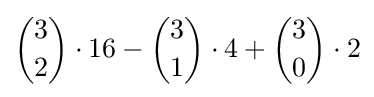
{\binom {3}{2}}\cdot 16-{\binom {3}{1}}\cdot 4+{\binom {3}{0}}\cdot 2